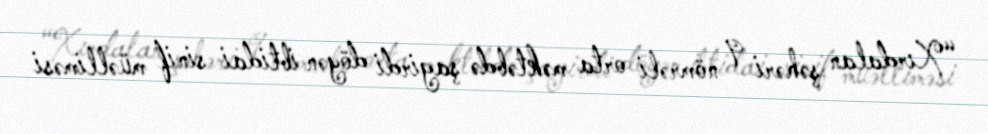
“Xırdalan şəhəri 9 nömrəli orta məktəbdə şagirdi döyən ibtidai sinif müəlliməsi